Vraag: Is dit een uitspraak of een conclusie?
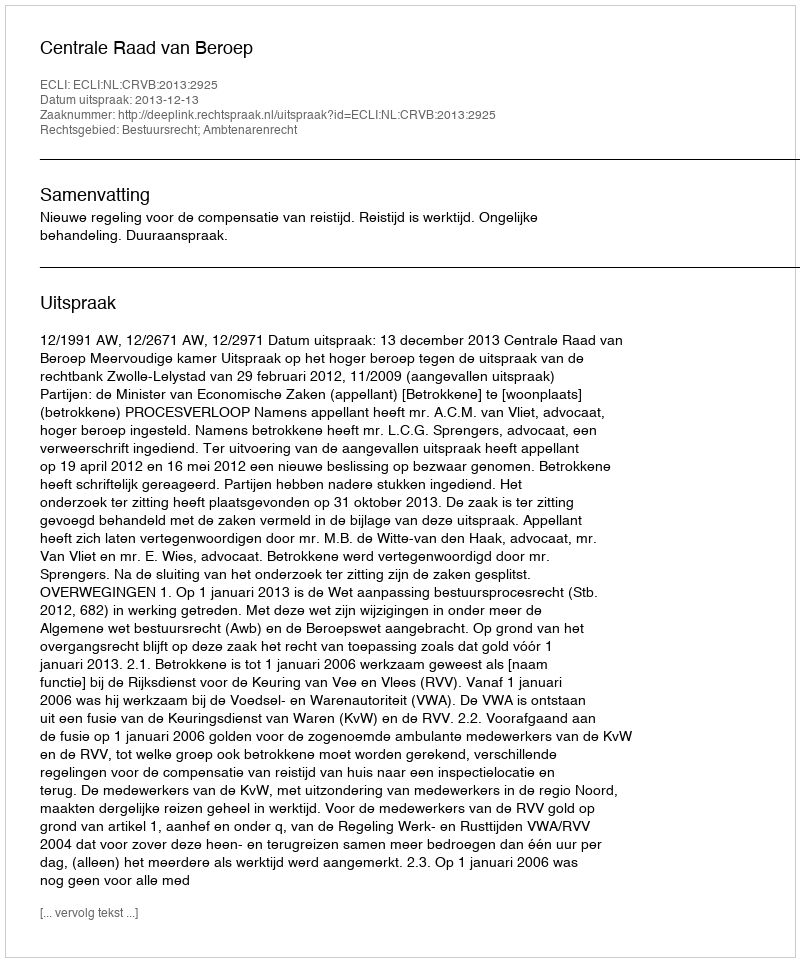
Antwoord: Uitspraak